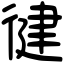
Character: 徤